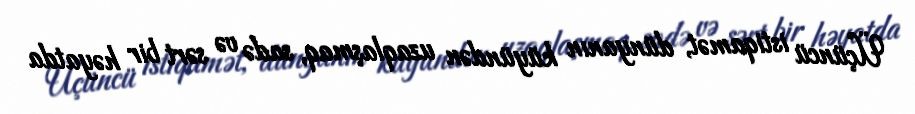
Üçüncü istiqamət, dünyanın küyündən uzaqlaşmaq, sadə və sərt bir həyatda